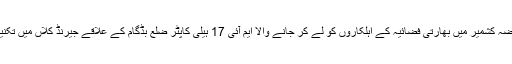
اس وقت بھارتی میڈیا کا کہنا تھا کہ مقبوضہ کشمیر میں بھارتی فضائیہ کے اہلکاروں کو لے کر جانے والا ایم آئی 17 ہیلی کاپٹر ضلع بڈگام کے علاقے جیرنڈ کلاں میں تکنیکی خامیوں کے باعث گر کر تباہ ہوا ہے۔